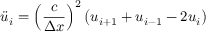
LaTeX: { \ddot { u } } _ { i } = { \left( { \frac { c } { \Delta x } } \right) } ^ { 2 } \left( u _ { i + 1 } + u _ { i - 1 } - 2 u _ { i } \right)